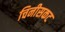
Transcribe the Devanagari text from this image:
चिनीसकट